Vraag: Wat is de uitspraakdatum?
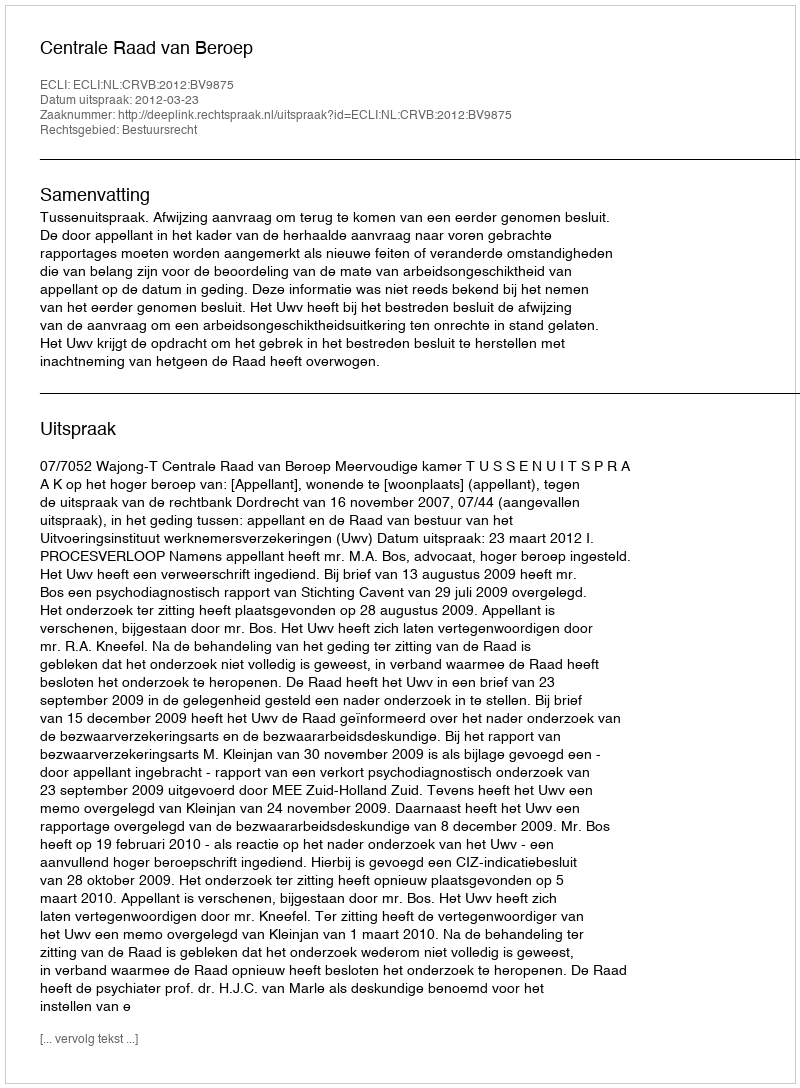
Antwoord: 2012-03-23